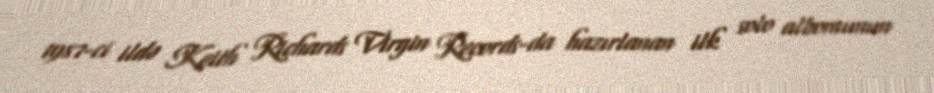
1987-ci ildə Keith Richards Virgin Records-da hazırlanan ilk solo albomunun